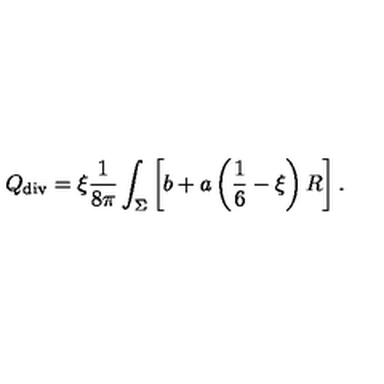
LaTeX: { Q } _ { \tiny \mathrm { d i v } } = \xi { \frac { 1 } { 8 \pi } } \int _ { \Sigma } \left[ b + a \left( \frac 1 6 - \xi \right) R \right] .